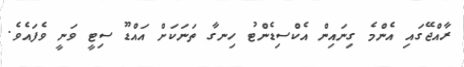
ރާއްޖޭގައި އެންމެ ގިނައިން އެކްސިޑެންޓު ހިނގާ ތަނަަކަށް އައްޑޫ ސިޓީ ވަނީ ވެފައެވެ.